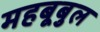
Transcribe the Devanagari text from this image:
महबूबुल